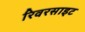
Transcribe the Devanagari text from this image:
रिवरसाइट